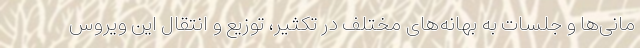
مانی‌ها و جلسات به بهانه‌های مختلف در تکثیر، توزیع و انتقال این ویروس